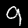
Digit: 9